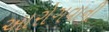
આરોગવાની